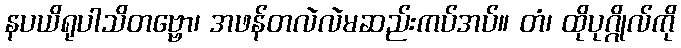
နပယိရုပါသိတဗ္ဗော၊ အဖန်တလဲလဲမဆည်းကပ်အပ်။ တံ၊ ထိုပုဂ္ဂိုလ်ကို